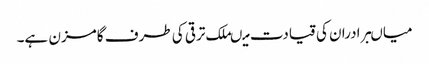
میاںبرادران کی قیادت میںملک ترقی کی طرف گامزن ہے۔